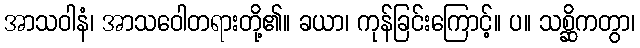
အာသဝါနံ၊ အာသဝေါတရားတို့၏။ ခယာ၊ ကုန်ခြင်းကြောင့်။ ပ။ သစ္ဆိကတွာ၊